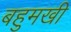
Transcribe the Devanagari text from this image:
बहुमखी